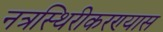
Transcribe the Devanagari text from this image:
नत्रस्थिरीकरण्यास